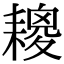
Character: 𦔕